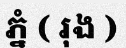
ភ្នំ ( រុង )